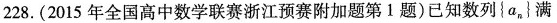
228. (2015 年全国高中数学联赛浙江预赛附加题第 1 题) 已知数列{ a_{n} }